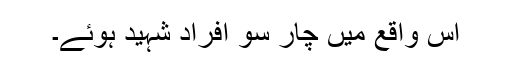
اس واقع میں چار سو افراد شہید ہوئے۔